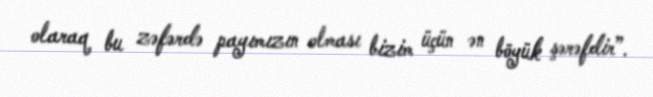
olaraq bu zəfərdə payımızın olması bizim üçün ən böyük şərəfdir”.